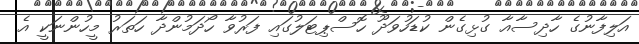
އަލިފާނުގެ ހާދިސާއާ ގުޅިގެން ކުޑަހުވަދޫ ހޮސްޕިޓަލުގައި ފަރުވާ ހޯދަމުންދާ ހަތަރު މީހުންނަކީ އެ